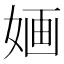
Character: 婳